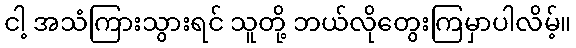
ငါ့ အသံကြားသွားရင် သူတို့ ဘယ်လိုတွေးကြမှာပါလိမ့်။